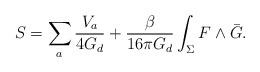
\begin{align*}S = \sum_{a} \frac{V_{a}}{4G_{d}} + \frac{\beta}{16 \pi G_{d}} \int_{\Sigma} F \wedge \bar{G}.\end{align*}